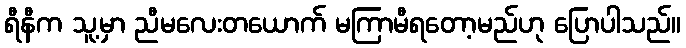
ရီနီက သူ့မှာ ညီမလေးတယောက် မကြာမီရတော့မည်ဟု ပြောပါသည်။